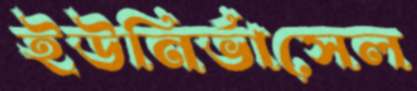
ইউনির্ভাসেল